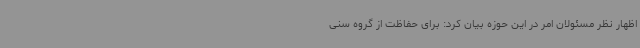
اظهار نظر مسئولان امر در این حوزه بیان کرد: برای حفاظت از گروه سنی